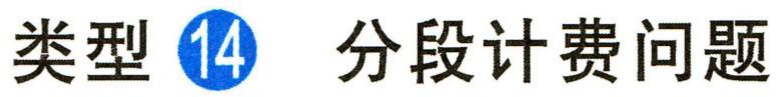
类型 \textcircled{14} 分段计费问题